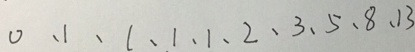
0 、 1 、 1 、 1 、 1 、 2 、 3 、 5 、 8 、 1 3